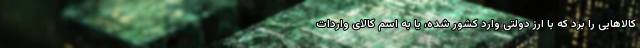
کالاهایی را برد که با ارز دولتی وارد کشور شده، یا به اسم کالای واردات